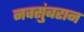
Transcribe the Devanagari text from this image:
नवसुंबरान